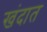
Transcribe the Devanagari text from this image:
खंदात